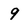
Character: 9